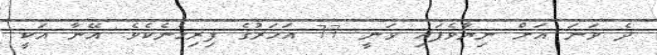
ދެ ވަނަ އަށް ނިޔާވެފައި ވަނީ 77 އަހަރުގެ ފިރިހެނެކެވެ. އޭނާ އަކީ